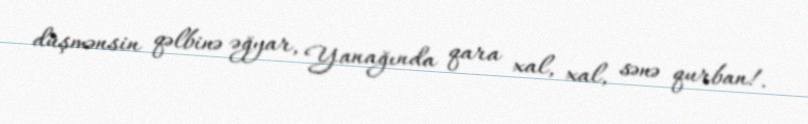
düşmənsin qəlbinə əğyar, Yanağında qara xal, xal, sənə qurban!.